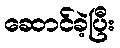
ဆောင်ခဲ့ပြီး